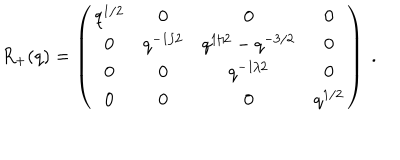
R _ { + } ( q ) = \left( \begin{matrix} { { q ^ { 1 / 2 } } } & { { 0 } } & { { 0 } } & { { 0 } } \\ { { 0 } } & { { q ^ { - 1 / 2 } } } & { { q ^ { 1 / 2 } - q ^ { - 3 / 2 } } } & { { 0 } } \\ { { 0 } } & { { 0 } } & { { q ^ { - 1 / 2 } } } & { { 0 } } \\ { { 0 } } & { { 0 } } & { { 0 } } & { { q ^ { 1 / 2 } } } \\ \end{matrix} \right) \ .